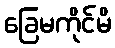
ခြေမကိုင်မိ